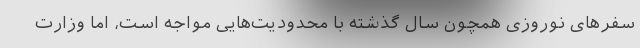
سفرهای نوروزی همچون سال گذشته با محدودیت‌هایی مواجه است، اما وزارت